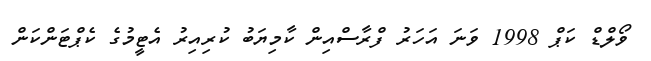
ވޯލްޑް ކަޕް 1998 ވަނަ އަހަރު ފްރާސްއިން ކާމިޔަބު ކުރިއިރު އެޓީމުގެ ކެޕްޓަންކަން